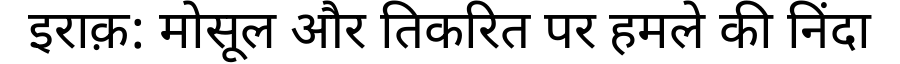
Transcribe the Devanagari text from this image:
इराक़: मोसूल और तिकरित पर हमले की निंदा